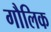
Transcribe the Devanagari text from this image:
गौलिक